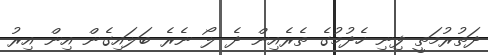
ދަތުރުމަތީ ފިނި ހެދުމުގެ ތެރެއިން ދެ ލޯ ނެރެ ބަލައިގެން އިން އިރު